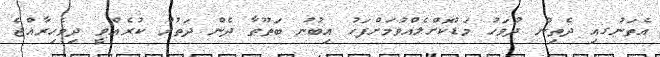
އެތަނުގއި ދެތިން ދުވަހު މަޑުކޮށްލެއްވުމަށްފަހު އިބުނު ބަޠޫޠާ ދެން ދަތުރު ކުރެއްވީ ދިވެހިރާއްޖެ